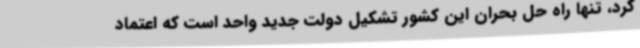
کرد، تنها راه حل بحران این کشور تشکیل دولت جدید واحد است که اعتماد